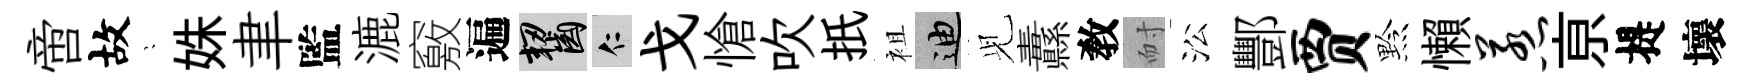
啻故隠姝聿監漉竅遍齧仁戈愴吹扺袓迪𫤗纛敎耐㳂酆贾黔懶惹亰提壞